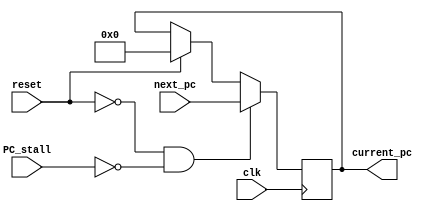
module PC(input reset, 
    input clk, 
    input [31:0] next_pc, 
    input PC_stall,
    output reg [31:0] current_pc
    );
    
    always @(posedge clk) begin
        if (!reset && !PC_stall) begin
            current_pc <= next_pc;
        end
        else if (reset) begin
            current_pc <= 0;
        end
        else begin // PC_stall == 1
            current_pc <= current_pc; 
        end  
    end
    
endmodule